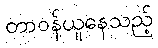
တာဝန်ယူနေသည့်